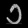
Digit: ၁